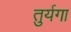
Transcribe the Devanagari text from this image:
तुर्यगा